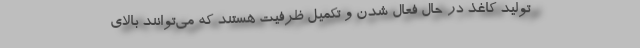
تولید کاغذ در حال فعال شدن و تکمیل ظرفیت هستند که می‌توانند بالای